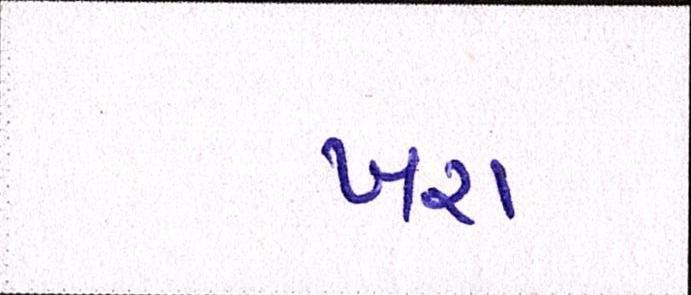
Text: ખરા